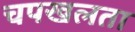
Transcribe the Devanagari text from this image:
चपखलता